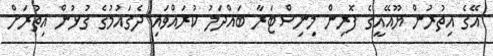
އޭގެ އިތުރުން ޔޫއޭއީގެ ފޮރިން މިނިސްޓަރާ ބައްދަލު ކުރައްވައި ދެގައުމުގެ ގުޅުން އިތުރަށް